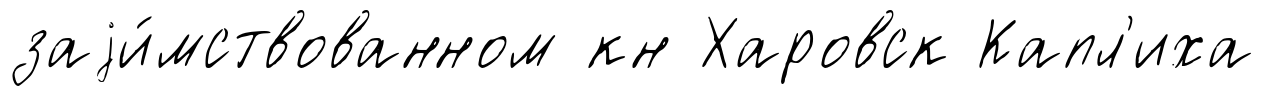
заjи́мствованном кн Харовск Капл'иха